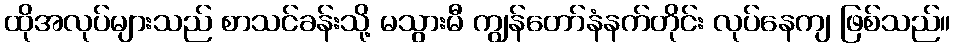
ထိုအလုပ်များသည် စာသင်ခန်းသို့ မသွားမီ ကျွန်တော်နံနက်တိုင်း လုပ်နေကျ ဖြစ်သည်။